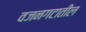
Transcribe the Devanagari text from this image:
वजनगटातील